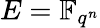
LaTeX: E=\mathbb{F}_{q^{n}}